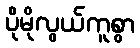
ပိုမိုလွယ်ကူစွာ